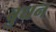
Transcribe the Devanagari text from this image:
बुधन